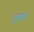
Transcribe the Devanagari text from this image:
दृष्टांचे